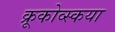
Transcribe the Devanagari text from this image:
क्रूकोव्स्कया